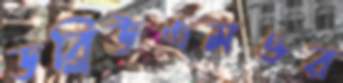
ডব্লিউএমওর